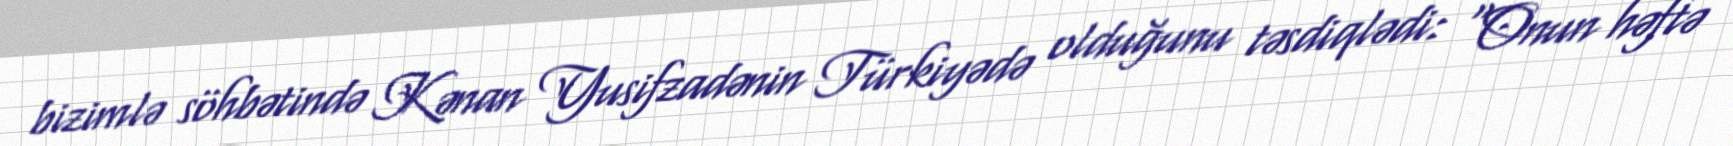
bizimlə söhbətində Kənan Yusifzadənin Türkiyədə olduğunu təsdiqlədi: “Onun həftə